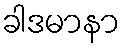
ခါဒမာနာ